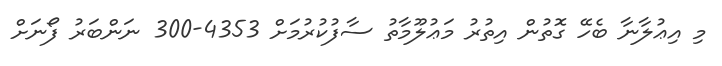
މި އިޢުލާނާ ބެހޭ ގޮތުން އިތުރު މަޢުލޫމާތު ސާފުކުރުމަށް 4353-300 ނަންބަރު ފޯނަށް